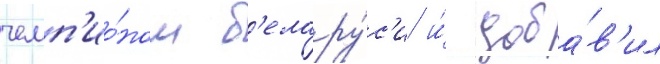
чемп'ио́ном б'елару́с'и и́ доба́в'ил